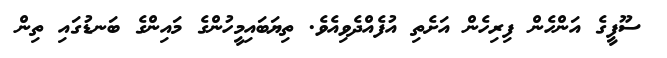
ސޫފީގެ އަންހެން ފިރިހެން އަށެތި އުފެއްދެވިއެވެ. ތިޔަބައިމީހުންގެ މައިންގެ ބަނޑުގައި ތިން